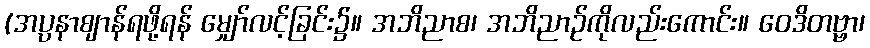
(အပ္ပနာဈာန်ရဖို့ရန် မျှော်လင့်ခြင်း၌။ အဘိညာစ၊ အဘိညာဉ်ကိုလည်းကောင်း။ ဝေဒိတဗ္ဗာ၊